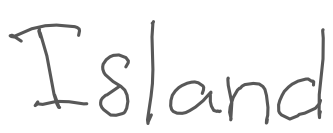
Text: Island
Cross-out: clean
Writing tool: digital_gray